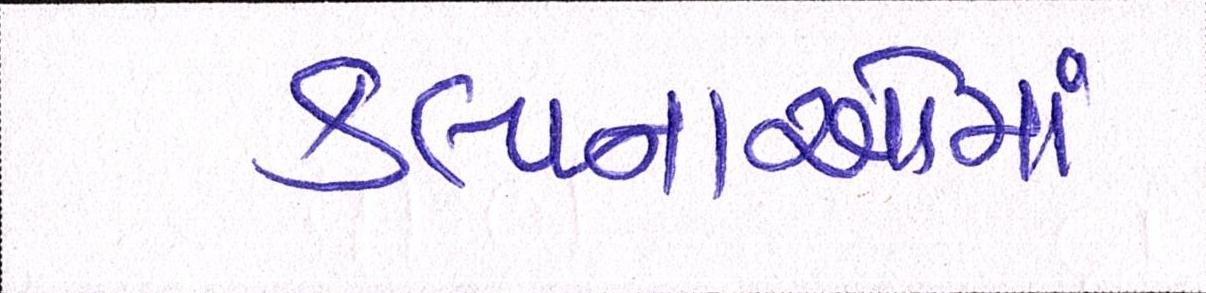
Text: કલ્પનાઓમાં